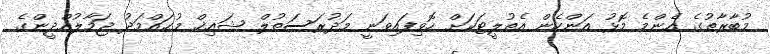
މުބާރާތުގެ އެންމެ މޮޅު އަންހެން އެތުލީޓަކަށް ހޮވިފައިވަނީ މަދުރަސަތުލް ޝައިޚް މުޙައްމަދު ޖަމާލުއްދީންގެ